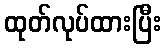
ထုတ်လုပ်ထားပြီး